Kassari_(Keina)_vallavalitsus, lk 26
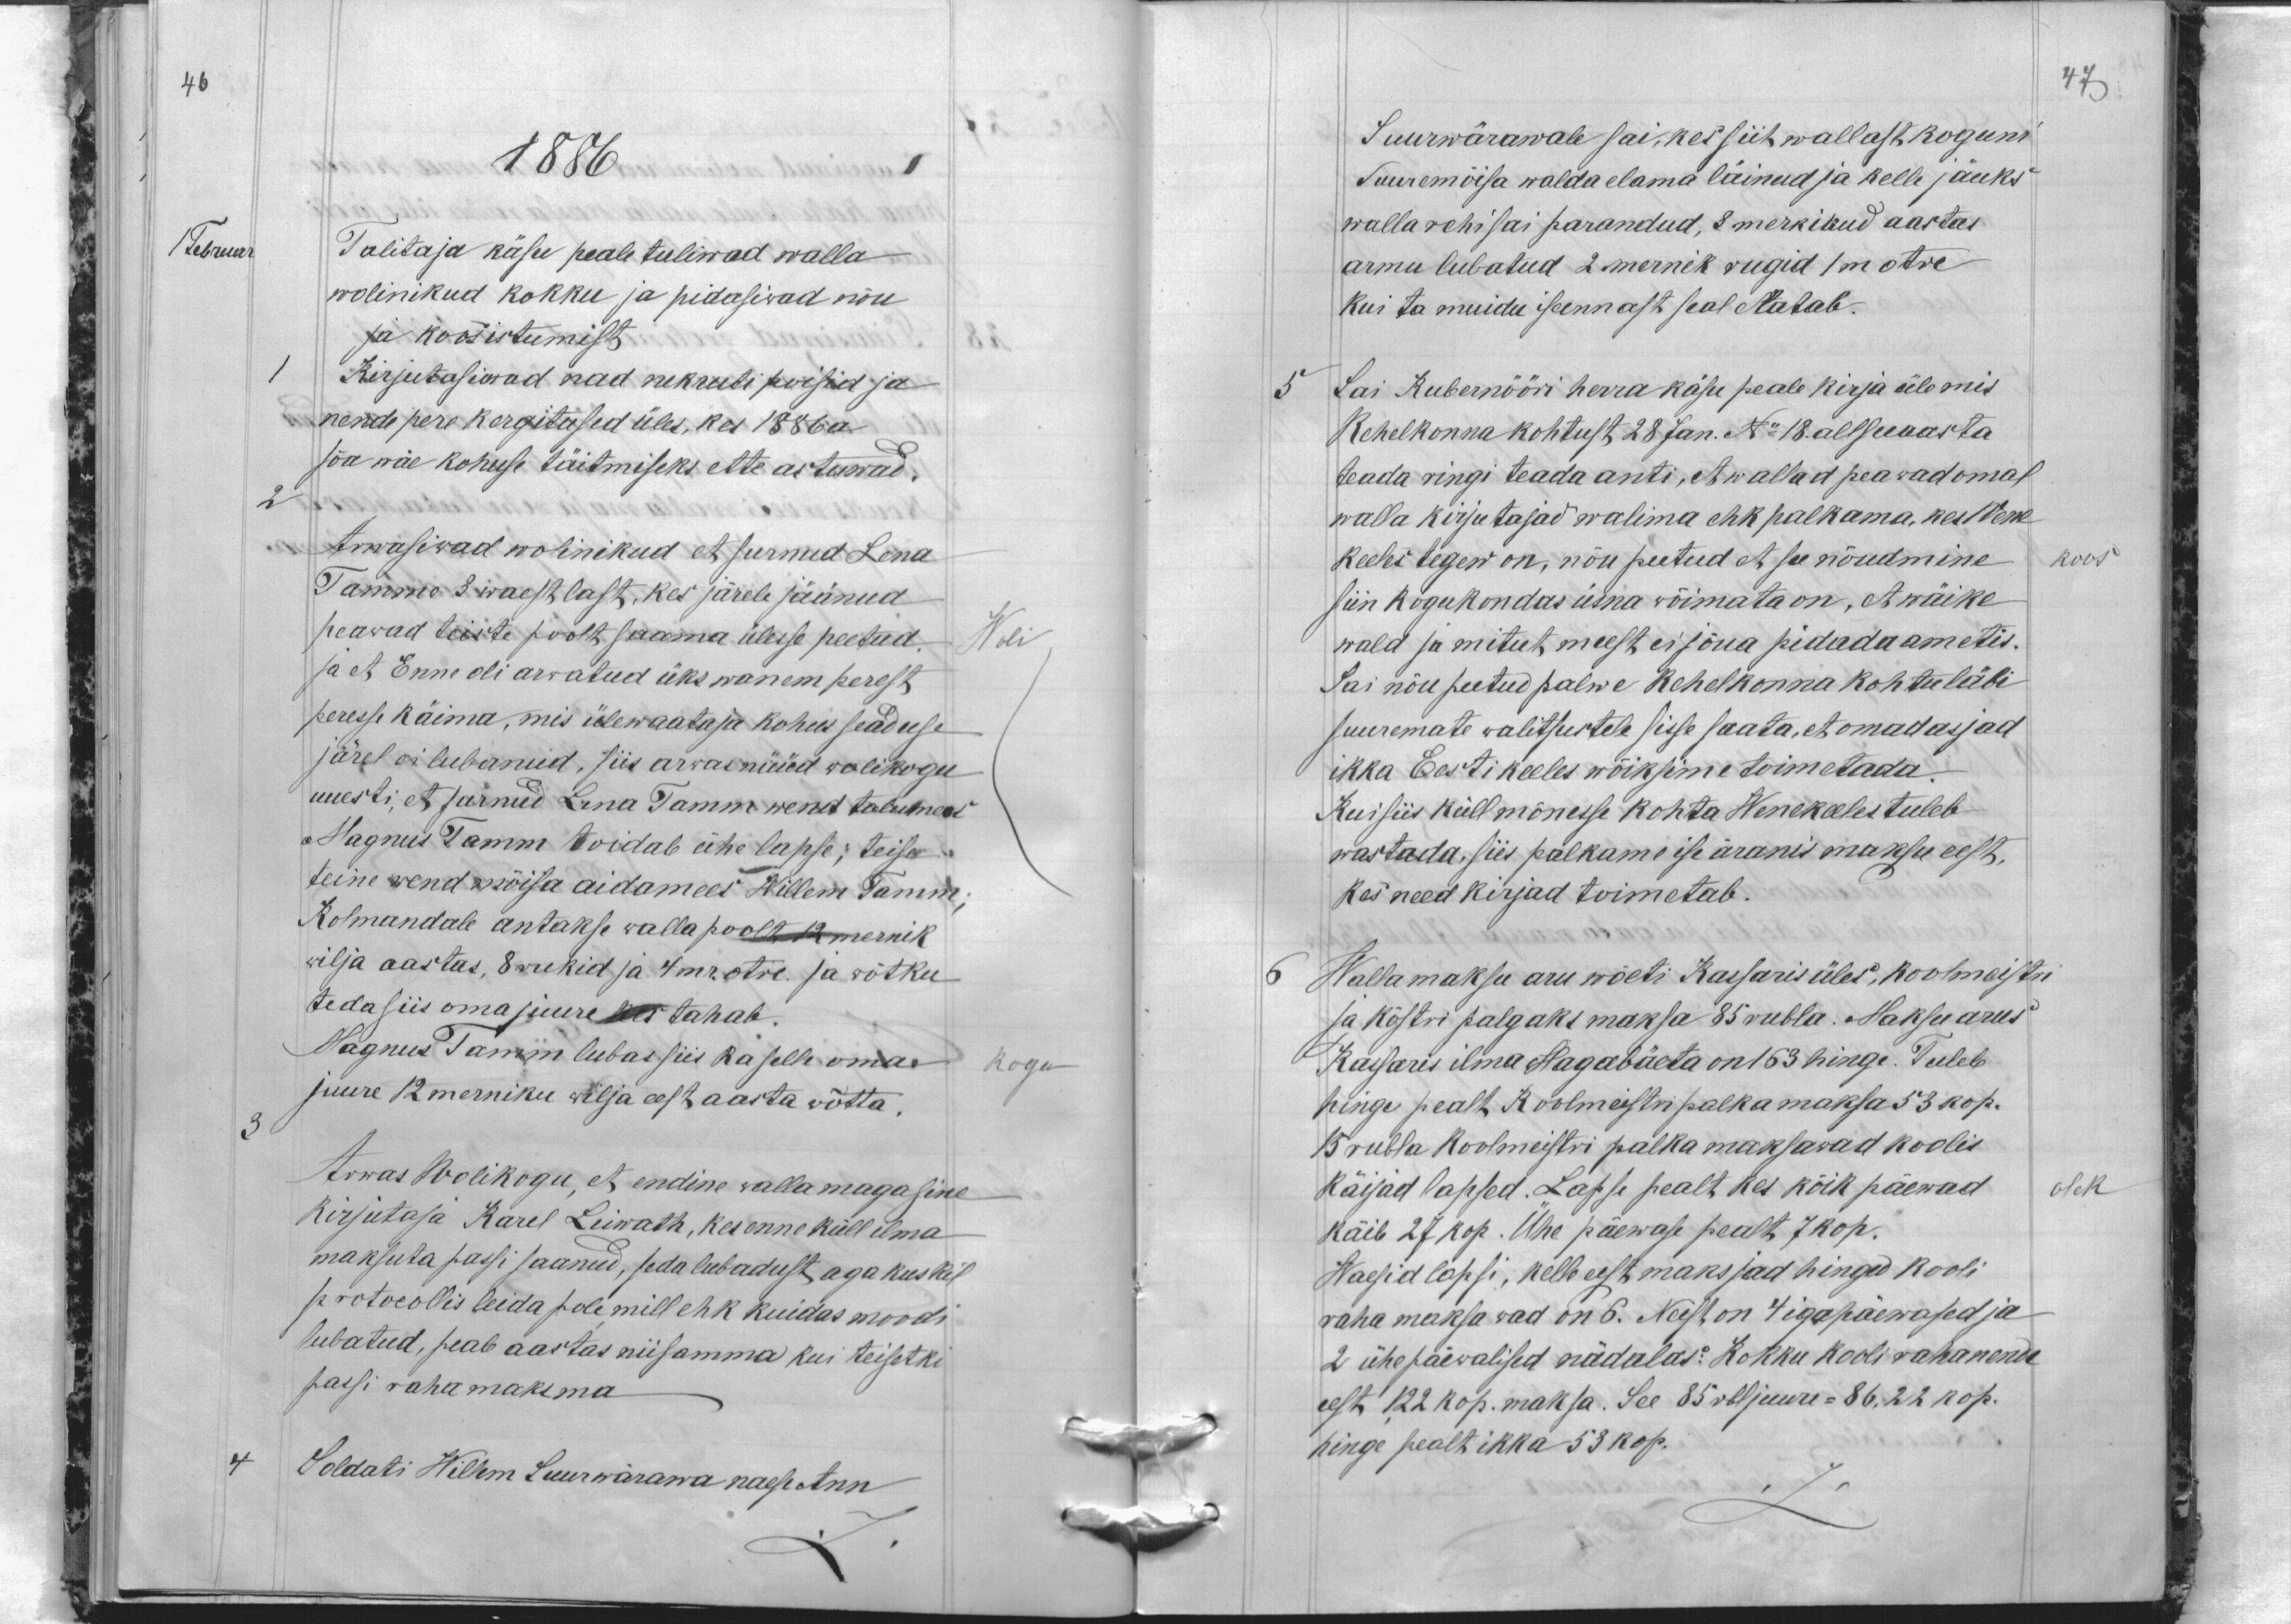
46
1886
1 Februar
Talitaja käsu peale tuliwad walla
wolinikud kokku ja pidasivad nõu
ja koosistumist
1
Kirjutasiwad nad nekruti poisid ja
nende pere kergitused üles, kes 1886 a
sõa wäe kohuse täitmiseks ette astuwad.
2.
Arwasiwad wolinikud et surnud Lena
Tamme 3 waest last, kes järele jäänud
peawad teiste poolt saama ülesse peetud.
Woli
ja et Enne oli arwatud üks wanem perest
peresse käima, mis ülewaataja kohus seaduse
järel ei lubanud, siis arwas nüüd wolikogu
uuesti, et surnud Lena Tamm wend talumees
Magnus Tamm toidab ühe lapse, teise
teine wend mõisa aidamees Willem Tamm,
Kolmandale antakse walla poolt 12 mernik
wilja aastas, 8 rukid ja 4 mr. otre. ja wõtku
teda siis oma juure kes tahab.
Magnus Tamm lubas siis ka selle oma
Kogu
juure 12 merniku wilja eest aasta wõtta.
3
Arwas Wolikogu, et endine walla magasine
kirjutaja Karel Leiwath, kes enne küll ilma
maksuta passi saanud, seda lubadust aga kuskis
protocollis leida pole mill ehk kuidas moodi
lubatud, peab aastas niisamma kui teisetki
passi raha maksma.
4.
Soldati Willem Suurwärawa naese Ann

47
Suurwärawale sai, kes siit wallast koguni
Suuremõisa walda elama läinud ja kelle jäuks
walla rehi sai parandud, 3 merkikud aastas
armu lubatud 2 mernik rugid 1 m otre
kui ta muidu iseennast seal elatab.
5.
Sai Kubernööri herra käsu peale kirja üle mis
Kehelkonna kohtust 28 Jan. No 18. all seeaasta
teada ringi teada anti, et wallad peawad omal
walla kirjutajad walima ehk palkama, kes Wene
keeles tegew on, nõu peetud et see nõudmine
koos
siin kogukondas üsna wõimata on, et wäike
wald ja mitut meest ei jõua pidada ametis.
Sai nõu peetud palwe Kehelkonna kohtu läbi
suuremate walitsustele sisse saata, et omad asjad
ikka Eesti keeles wõiksime toimetada.
Kui siis küll mõnesse kohta Wenekeeles tuleb
wastada, siis palkame ise äranis maksu eest,
kes need kirjad toimetab.
6
Wallamaksu aru wõeti Kassaris üles, koolmeistri
ja köstri palgaks maksa 85 rubla. Maksu arus
Kassaris ilma Hagabäeta on 163 hinge. Tuleb
hinge pealt Koolmeistri palka maksa 53 kop.
15 rubla koolmeistri palka maksawad koolis
käijad lapsed. Lapse pealt kes kõik päewad
olek
käib 27 kop. Ühe päewase pealt 7 kop,
Waesid lapsi, kelle eest maksjad hinged kooli
raha maksawad on 6. Neist on 4 igapäewased ja
2 ühepäewalised nädalas: kokku kooli raha nende
eest 1,22 kop. maksa. See 85 rbl juure = 86,22 kop.-
hinge pealt ikka 53 kop.